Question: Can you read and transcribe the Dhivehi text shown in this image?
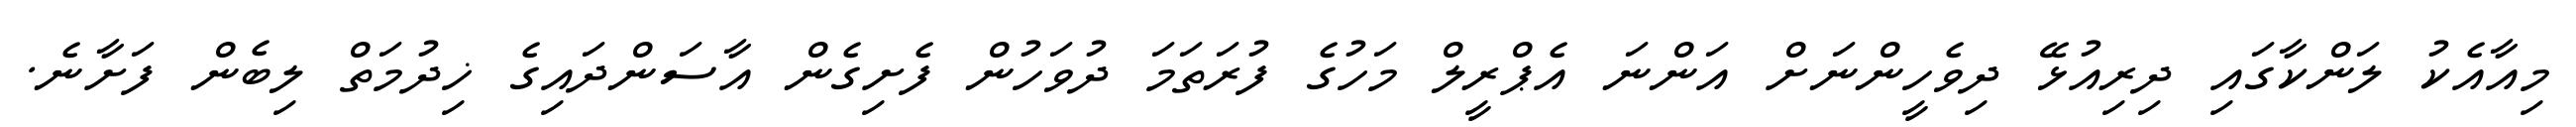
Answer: މިއާއެކު ލަންކާގައި ދިރިއުޅޭ ދިވެހީންނަށް އަންނަ އެޕްރީލް މަހުގެ ފުރަތަމަ ދުވަހުން ފެށިގެން އާސަންދައިގެ ޚިދުމަތް ލިބެން ފަށާނެ.